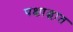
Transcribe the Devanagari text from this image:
पक्षाद्घात